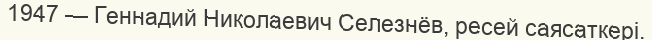
1947 — Геннадий Николаевич Селезнёв, ресей саясаткері.